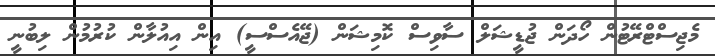
މެޖިސްޓްރޭޓުން ހޯދަން ޖުޑީޝަލް ސާވިސް ކޮމިޝަން (ޖޭއެސްސީ) އިން އިއުލާން ކުރުމުން ލިބުނީ